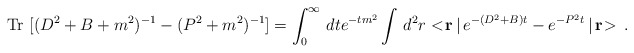
\begin{align*}\mbox{Tr } [ (D^2 + B + m^2)^{-1} - (P^2 + m^2)^{-1} ]=\int_{0}^{\infty} \, dt e^{- t m^2} \int\,d^2r <\!{\bf r}\,|\,e^{-(D^2 + B)t} - e^{-P^2 t}\,|\,{\bf r}\!>\,.\end{align*}